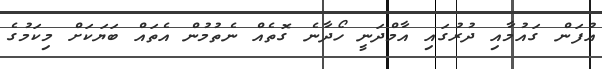
އުފަން ގައުމާއި ދުރުގައި އާމްދަނީ ހޯދާނެ ގޮތެއް ނެތުމުން އެތައް ބަޔަކަށް މިކަމުގެ